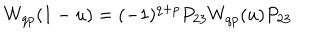
W _ { q p } ( 1 - u ) = ( - 1 ) ^ { q + p } P _ { 2 3 } W _ { q p } ( u ) P _ { 2 3 }